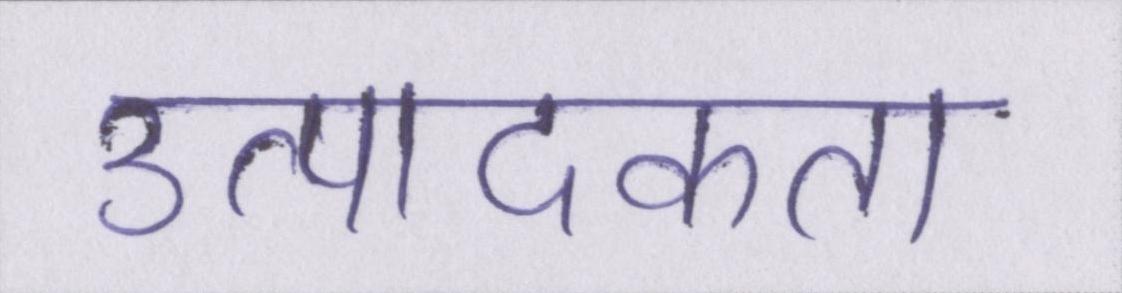
उत्पादकता